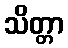
သိတ္တာ